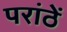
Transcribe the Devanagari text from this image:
परांठें